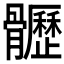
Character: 𩪸